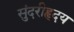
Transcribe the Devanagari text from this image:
सुंदरीहृदय